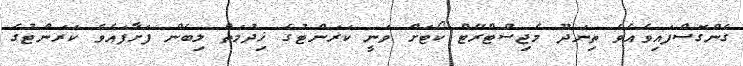
ގެންގޮސްފައިވެއެވެ ތިނަދޫ މެޖިސްޓްރޭޓް ކޯޓަށް ވަނީ ކަރަންޓުގެ ޚިދުމަތް ލިބެން ފަށާފައެވެ ކަރަންޓުގެ